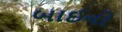
બાઈનો